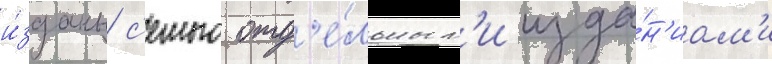
и́зданы с'емью отд'е́льным'и изда́н'иам'и